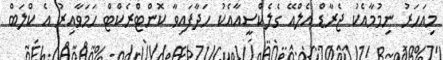
މިއަހަރު ނިމުމާއެކު ޖެރާޑް އެލްއޭ ގެލެކްސީއާއެކު ހަދާފައިވާ ކޮންޓްރެކްޓް ހަމަވާއިރު އެ ކްލަބް